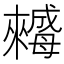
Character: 𣬀